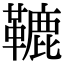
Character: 𩌫